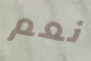
نعم